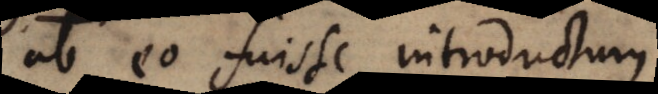
ab eo fuisse introductum